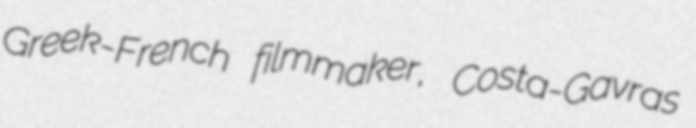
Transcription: Greek-French filmmaker, Costa-Gavras